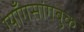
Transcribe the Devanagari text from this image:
ग्याँगसांगबुक